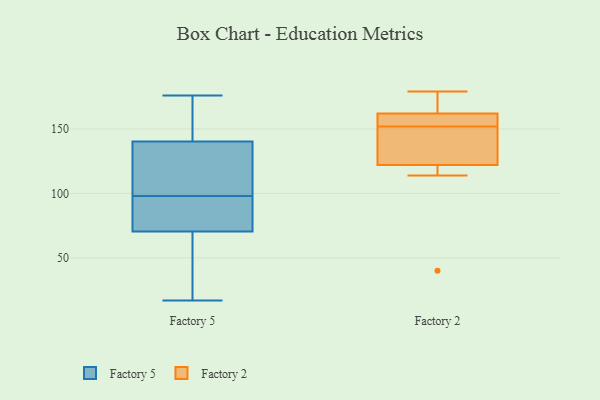
{"axis": {"x": "Page Views", "y": "Value"}, "legend": ["Factory 2", "Factory 5"], "data": [{"x": "", "y": 111, "type": "Factory 5"}, {"x": "", "y": 79, "type": "Factory 5"}, {"x": "", "y": 105, "type": "Factory 5"}, {"x": "", "y": 150, "type": "Factory 5"}, {"x": "", "y": 75, "type": "Factory 5"}, {"x": "", "y": 17, "type": "Factory 5"}, {"x": "", "y": 176, "type": "Factory 5"}, {"x": "", "y": 48, "type": "Factory 5"}, {"x": "", "y": 98, "type": "Factory 5"}, {"x": "", "y": 69, "type": "Factory 5"}, {"x": "", "y": 167, "type": "Factory 5"}, {"x": "", "y": 162, "type": "Factory 2"}, {"x": "", "y": 179, "type": "Factory 2"}, {"x": "", "y": 157, "type": "Factory 2"}, {"x": "", "y": 40, "type": "Factory 2"}, {"x": "", "y": 168, "type": "Factory 2"}, {"x": "", "y": 147, "type": "Factory 2"}, {"x": "", "y": 162, "type": "Factory 2"}, {"x": "", "y": 114, "type": "Factory 2"}, {"x": "", "y": 137, "type": "Factory 2"}, {"x": "", "y": 122, "type": "Factory 2"}]}